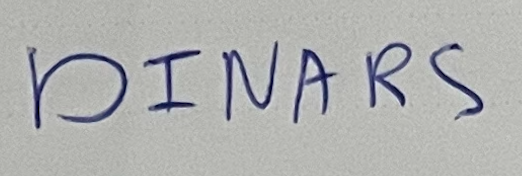
DINARS